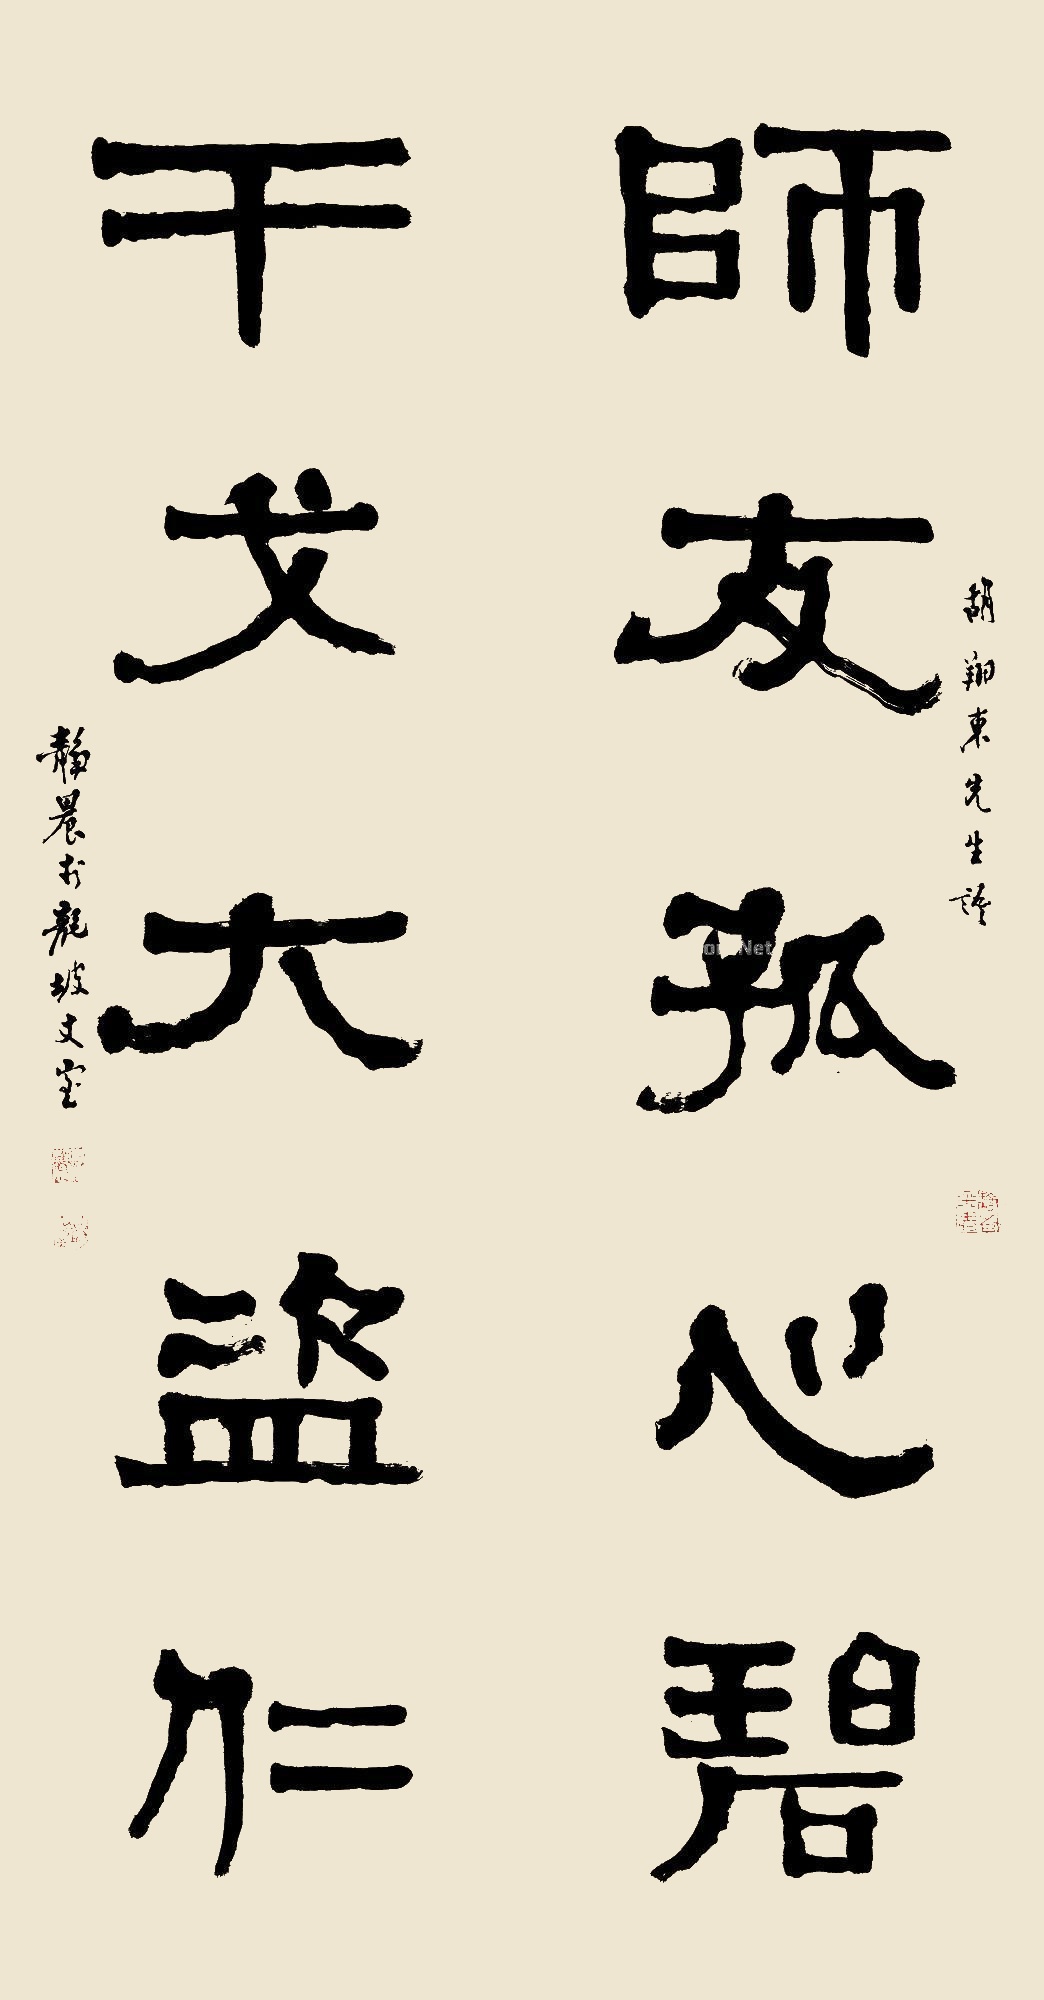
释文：师友孤心碧，干戈大盗仁。胡翔东先生语，静农于龙坡丈室。